Rangoon Lunatic Asylum 1898-1906 - 1898-1906
Year: 1898
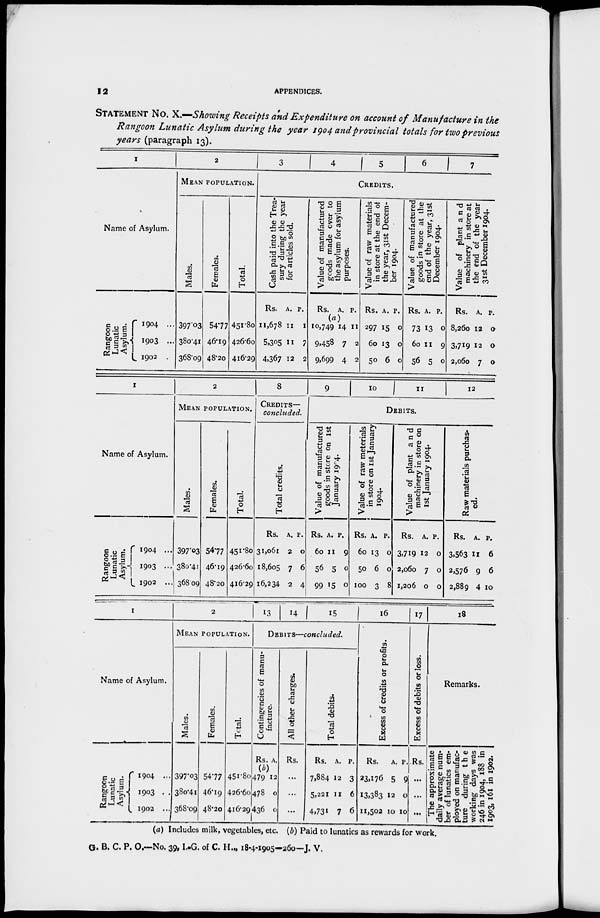
12
APPENDICES.
STATEMENT NO. X.—Showing Receipts and Expenditure on account of Manufacture in the
Rangoon Lunatic Asylum during the year 1904 and provincial totals for two previous
years (paragraph 13).
1
Name of Asylum.
Rangoon
Lunatic
Asylum.
1904 ...
1903 ...
1902 ...
2
MEAN POPULATION.
Males.
397.03
380.41
368.09
Females.
54.77
46.19
48.20
Total.
451.80
426.60
416.29
3
4
5
6
7
CREDITS.
Cash paid into the Trea-
sury during the year
for articles sold.
Rs.
11,678
5,305
4,367
A.
11
11
12
P.
1
7
2
Value of manufactured
goods made over to
the asylum for asylum
purposes.
Rs.
(a)
10,749
9,458
9,699
A.
14
7
4
P.
11
2
2
Value of raw materials
in store at the end of
the year, 31st Decem-
ber 1904.
Rs.
297
60
50
A.
15
13
6
P.
0
0
0
Value of manufactured
goods in store at the
end of the year, 31st
December 1904.
Rs.
73
60
56
A.
13
11
5
P.
0
9
0
Value of plant and
machinery in store at
the end of the year
31st December 1904.
Rs.
8,260
3,719
2,060
A.
12
12
7
P.
0
0
0
1
Name of Asylum.
Rangoon
Lunatic
Asylum.
1904 ...
1903 ...
1902 ...
2
MEAN POPULATION.
Males.
397.03
380.41
368.09
Females.
54.77
46.19
48.20
Total.
451.80
426.60
416.29
8
CREDITS—
concluded.
Total credits.
Rs.
31,061
18,605
16,234
A.
2
7
2
P.
0
6
4
9
10
11
12
DEBITS.
Value of manufactured
goods in store on 1st
January 1904.
Rs.
60
56
99
A.
11
5
15
P.
9
0
0
Value of raw meterials
in store on 1st January
1904.
Rs.
60
50
100
A.
13
6
3
P.
0
0
8
Value of plant and
machinery in store on
1st January 1904.
Rs.
3,719
2,060
1,206
A.
12
7
0
P.
0
0
0
Raw materials purchas-
ed.
Rs.
3,563
2,576
2,889
A.
11
9
4
P.
6
6
10
1
Name of Asylum.
Rangoon
Lunatic
Asylum.
1904 ...
1903 ...
1902 ...
2
MEAN POPULATION.
Males.
397.03
380.41
368.09
Females.
54.77
46.19
48.20
Total.
451.80
426.60
416.29
13
14
15
DEBITS—concluded.
Contingencies of manu-
facture.
Rs.
479
478
436
A.
12
0
0
All other charges.
Rs.
...
...
...
Total debits.
Rs.
7,884
5,221
4,731
A.
12
11
7
P.
3
6
6
16
Excess of credits or profits.
Rs.
23,176
13,383
11,502
A.
5
12
10
P.
9
0
10
17
Excess of debits or loss.
Rs.
...
...
...
18
Remarks.
The approximate
daily average num-
ber of lunatics em-
ployed on manufac-
ture during the
working days was
246 in 1904, 188 in
1903, 161 in 1902.
(a) Includes milk, vegetables, etc. (b) Paid to lunatics as rewards for work.
G. B. C. P. O.—No. 39,I.-G. of C. H., 18-4-1905—260—J. V.